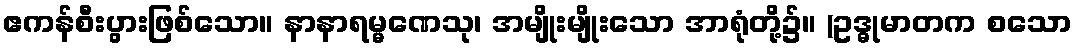
ဧကန်စီးပွားဖြစ်သော။ နာနာရမ္မဏေသု၊ အမျိုးမျိုးသော အာရုံတို့၌။ (ဥဒ္ဓုမာတက စသော